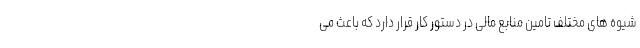
شیوه های مختلف تامین منابع مالی در دستور کار قرار دارد که باعث می